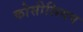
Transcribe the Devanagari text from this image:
कोसीलियम